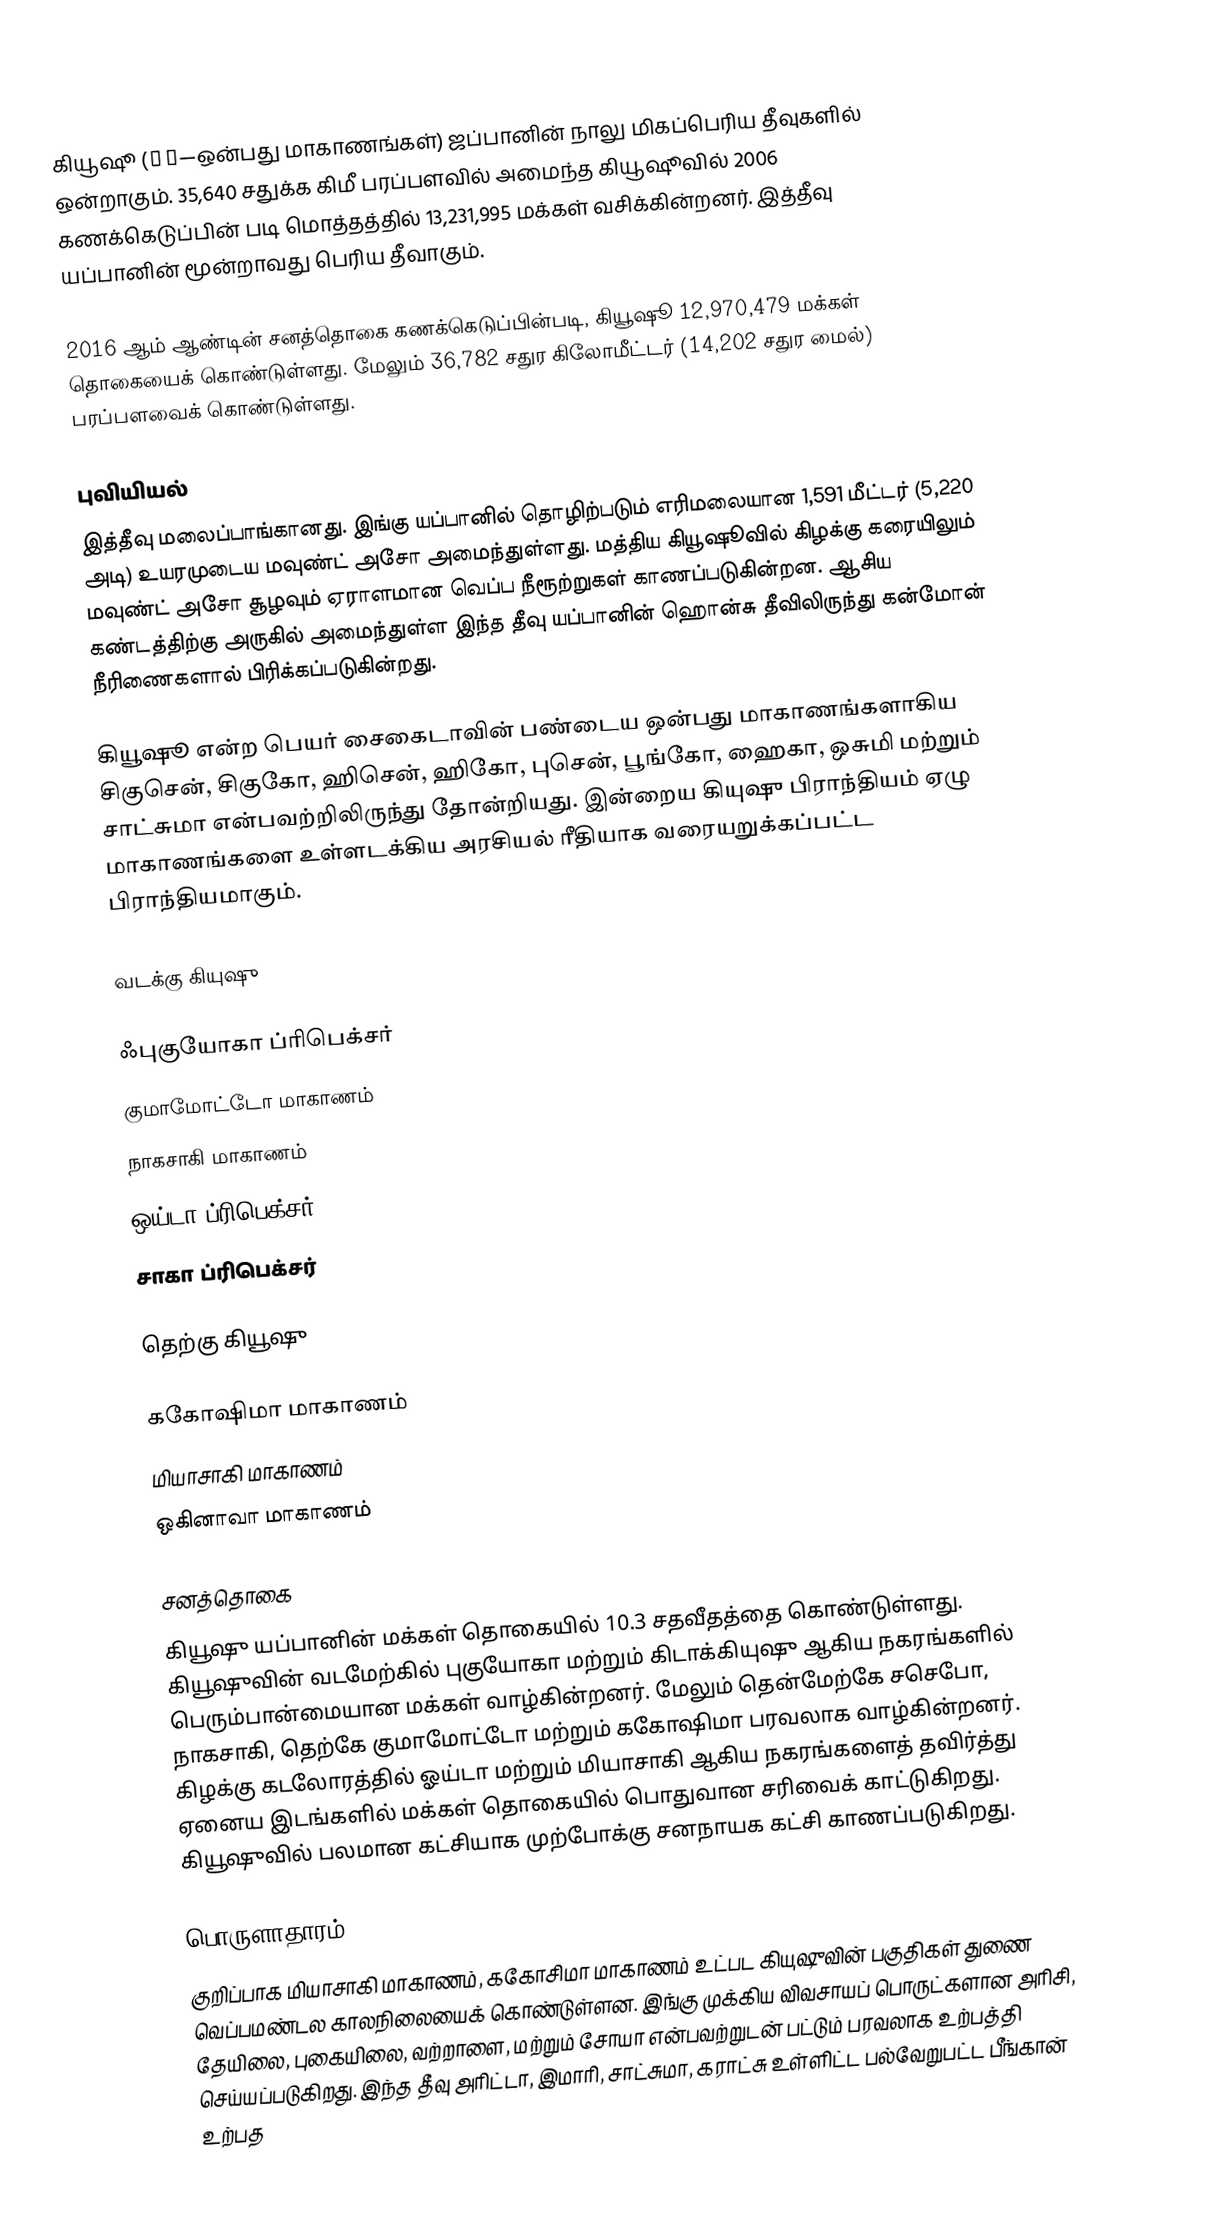
கியூஷூ (九州—ஒன்பது மாகாணங்கள்) ஜப்பானின் நாலு மிகப்பெரிய தீவுகளில் ஒன்றாகும். 35,640 சதுக்க கிமீ பரப்பளவில் அமைந்த கியூஷூவில் 2006 கணக்கெடுப்பின் படி மொத்தத்தில் 13,231,995 மக்கள் வசிக்கின்றனர். இத்தீவு யப்பானின் மூன்றாவது பெரிய தீவாகும்.

2016 ஆம் ஆண்டின் சனத்தொகை கணக்கெடுப்பின்படி, கியூஷூ 12,970,479 மக்கள் தொகையைக் கொண்டுள்ளது. மேலும் 36,782 சதுர கிலோமீட்டர் (14,202 சதுர மைல்) பரப்பளவைக் கொண்டுள்ளது.

புவியியல்
இத்தீவு மலைப்பாங்கானது. இங்கு யப்பானில் தொழிற்படும் எரிமலையான 1,591 மீட்டர் (5,220 அடி) உயரமுடைய மவுண்ட் அசோ அமைந்துள்ளது. மத்திய கியூஷூவில் கிழக்கு கரையிலும் மவுண்ட் அசோ சூழவும் ஏராளமான வெப்ப நீரூற்றுகள் காணப்படுகின்றன. ஆசிய கண்டத்திற்கு அருகில் அமைந்துள்ள இந்த தீவு யப்பானின் ஹொன்சு தீவிலிருந்து கன்மோன் நீரிணைகளால் பிரிக்கப்படுகின்றது.

கியூஷூ என்ற பெயர் சைகைடாவின் பண்டைய ஒன்பது மாகாணங்களாகிய சிகுசென், சிகுகோ, ஹிசென், ஹிகோ, புசென், பூங்கோ, ஹைகா, ஒசுமி மற்றும் சாட்சுமா என்பவற்றிலிருந்து தோன்றியது. இன்றைய கியுஷு பிராந்தியம் ஏழு மாகாணங்களை உள்ளடக்கிய அரசியல் ரீதியாக வரையறுக்கப்பட்ட பிராந்தியமாகும்.

வடக்கு கியுஷு

 ஃபுகுயோகா ப்ரிபெக்சர்
 குமாமோட்டோ மாகாணம்
 நாகசாகி மாகாணம்
 ஒய்டா ப்ரிபெக்சர்
 சாகா ப்ரிபெக்சர்

தெற்கு கியூஷு

 ககோஷிமா மாகாணம்
 மியாசாகி மாகாணம்
 ஒகினாவா மாகாணம்

சனத்தொகை
கியூஷு யப்பானின் மக்கள் தொகையில் 10.3 சதவீதத்தை கொண்டுள்ளது. கியூஷுவின் வடமேற்கில் புகுயோகா மற்றும் கிடாக்கியுஷு ஆகிய நகரங்களில் பெரும்பான்மையான மக்கள் வாழ்கின்றனர். மேலும் தென்மேற்கே சசெபோ, நாகசாகி, தெற்கே குமாமோட்டோ மற்றும் ககோஷிமா பரவலாக வாழ்கின்றனர். கிழக்கு கடலோரத்தில் ஓய்டா மற்றும் மியாசாகி ஆகிய நகரங்களைத் தவிர்த்து ஏனைய இடங்களில் மக்கள் தொகையில் பொதுவான சரிவைக் காட்டுகிறது. கியூஷுவில் பலமான கட்சியாக முற்போக்கு சனநாயக கட்சி காணப்படுகிறது.

பொருளாதாரம்
குறிப்பாக மியாசாகி மாகாணம், ககோசிமா மாகாணம் உட்பட கியுஷுவின் பகுதிகள் துணை வெப்பமண்டல காலநிலையைக் கொண்டுள்ளன. இங்கு முக்கிய விவசாயப் பொருட்களான அரிசி, தேயிலை, புகையிலை, வற்றாளை, மற்றும் சோயா என்பவற்றுடன் பட்டும் பரவலாக உற்பத்தி செய்யப்படுகிறது. இந்த தீவு அரிட்டா, இமாரி, சாட்சுமா, கராட்சு உள்ளிட்ட பல்வேறுபட்ட பீங்கான் உற்பத